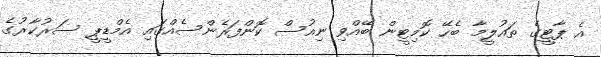
އެ ޕާޓީގެ ތައުލީމާ ބެހޭ ކޮމިޓީން ބޭއްވި ނިއުސް ކޮންފަރެންސެއްގައި އެމްޑީޕީ ސަރުކާރުގެ